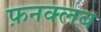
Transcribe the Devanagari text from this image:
फ़नक्लब